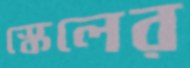
স্কেলের